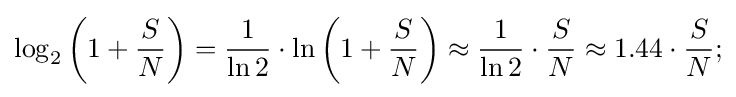
\log _{2}\left(1+{\frac {S}{N}}\right)={\frac {1}{\ln 2}}\cdot \ln \left(1+{\frac {S}{N}}\right)\approx {\frac {1}{\ln 2}}\cdot {\frac {S}{N}}\approx 1.44\cdot {S \over N};